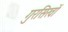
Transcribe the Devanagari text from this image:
गुरसिखों